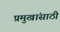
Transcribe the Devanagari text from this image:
प्रमुखांसाठी